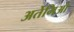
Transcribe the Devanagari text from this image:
अर्तेमिओ